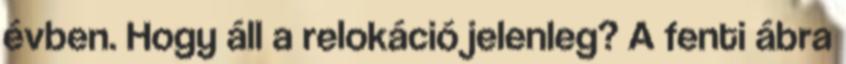
évben. Hogy áll a relokáció jelenleg? A fenti ábra